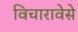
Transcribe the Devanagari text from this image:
विचारावेसे